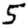
Digit: 5